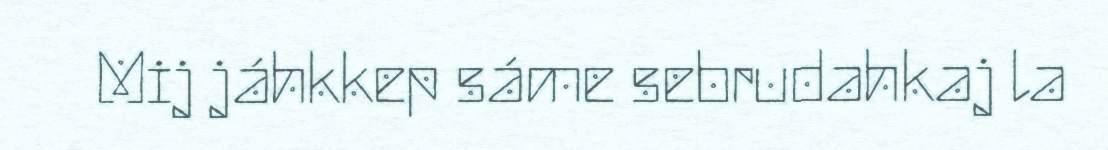
Mij jáhkkep sáme sebrudahkaj la